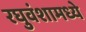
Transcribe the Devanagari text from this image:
रघुवंशामध्ये